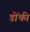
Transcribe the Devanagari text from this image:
डोंकी